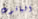
الياقوت